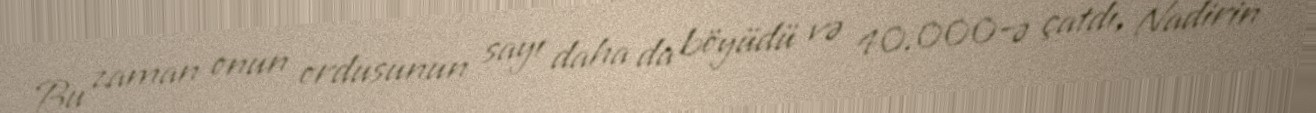
Bu zaman onun ordusunun sayı daha da böyüdü və 40.000-ə çatdı, Nadirin